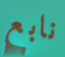
نابع